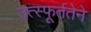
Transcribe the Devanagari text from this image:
उत्स्फूर्ततेने